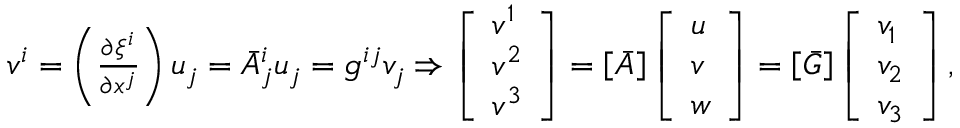
\begin{array} { r } { v ^ { i } = \left( \frac { \partial \xi ^ { i } } { \partial x ^ { j } } \right) u _ { j } = \bar { A } _ { j } ^ { i } u _ { j } = g ^ { i j } v _ { j } \Rightarrow \left[ \begin{array} { l } { v ^ { 1 } } \\ { v ^ { 2 } } \\ { v ^ { 3 } } \end{array} \right] = \left[ \boldsymbol { \bar { A } } \right] \left[ \begin{array} { l } { u } \\ { v } \\ { w } \end{array} \right] = \left[ \boldsymbol { \bar { G } } \right] \left[ \begin{array} { l } { v _ { 1 } } \\ { v _ { 2 } } \\ { v _ { 3 } } \end{array} \right] , } \end{array}